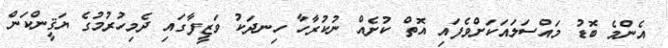
އެންމެ ބޮޑު މައްސަލައަކަށްވެފައި އޮތް ކުށެއް ނުކުރާހާ ހިނދަކު ވަޒީފާގައި ދެމިހުރުމުގެ ޔަޤީންކަން